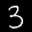
Label: 3